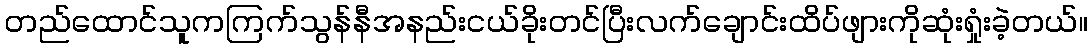
တည်ထောင်သူကကြက်သွန်နီအနည်းငယ်ခိုးတင်ပြီးလက်ချောင်းထိပ်ဖျားကိုဆုံးရှုံးခဲ့တယ်။